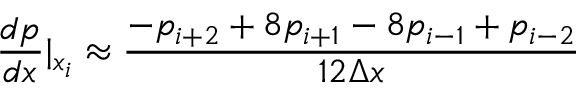
\frac { d p } { d x } \rvert _ { x _ { i } } \approx \frac { - p _ { i + 2 } + 8 p _ { i + 1 } - 8 p _ { i - 1 } + p _ { i - 2 } } { 1 2 \Delta x }